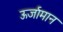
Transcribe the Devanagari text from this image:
ऊर्जामान